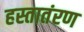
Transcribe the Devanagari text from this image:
हस्तातंरण